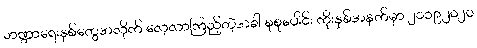
ဘဏ္ဍာရေးနှစ်တွေအလိုက် လေ့လာကြည့်တဲ့အခါ စုစုပေါင်း ကိုးနှစ်အနက်မှာ ၂၀၁၉၂၀၂၀